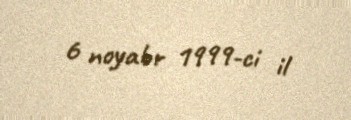
6 noyabr 1999-ci il